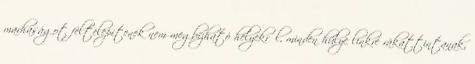
marhaságot feltelepítenek nem megbízható helyekről, minden hülye linkre rákattintanak,